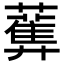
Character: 𧂴